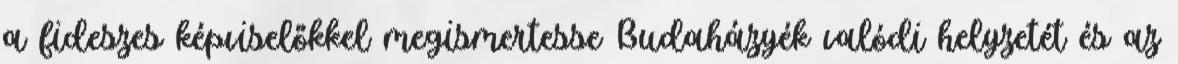
a fideszes képviselőkkel megismertesse Budaházyék valódi helyzetét és az